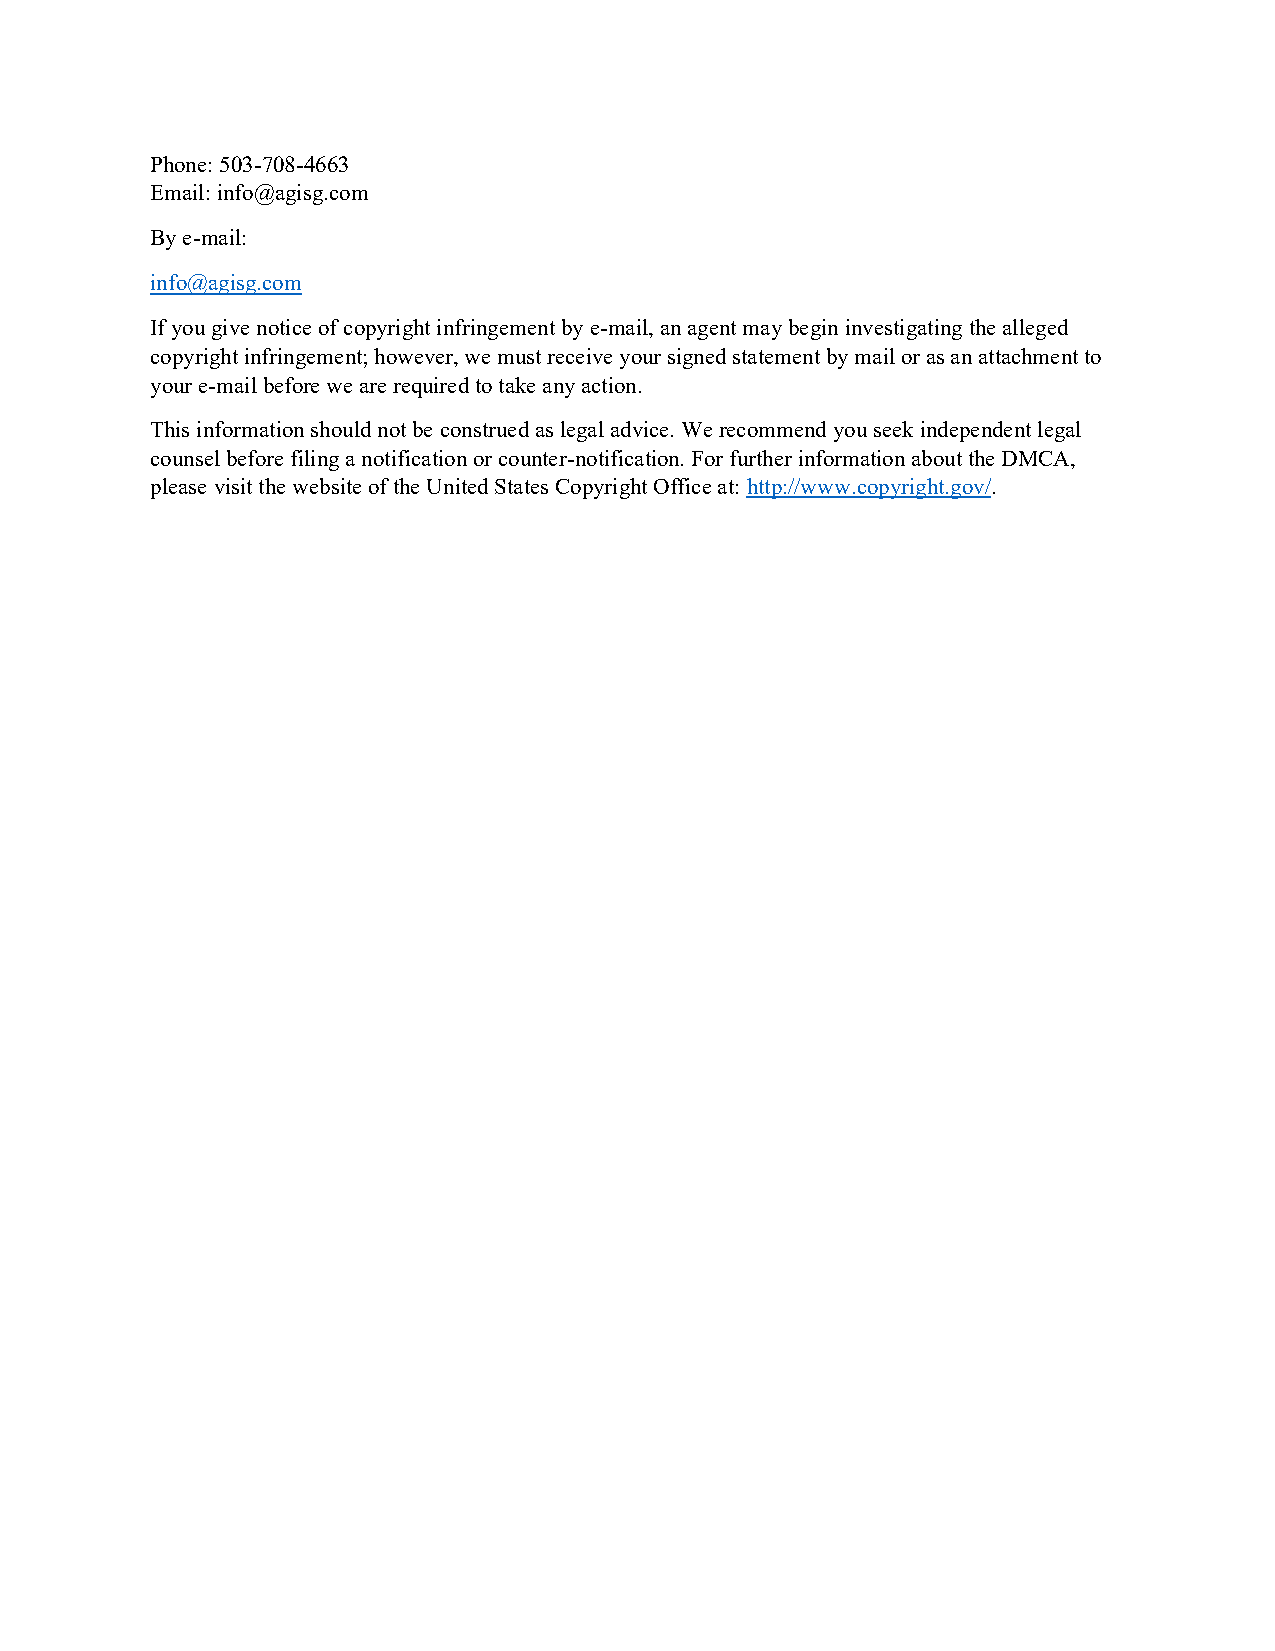
Phone: 503-708-4663
 Email: info@agisg.com
 By e-mail:
 info@agisg.com
 If you give notice of copyright infringement by e-mail, an agent may begin investigating the alleged
 copyright infringement; however, we must receive your signed statement by mail or as an attachment to
 your e-mail before we are required to take any action.
 This information should not be construed as legal advice. We recommend you seek independent legal
 counsel before filing a notification or counter-notification. For further information about the DMCA,
 please visit the website of the United States Copyright Office at: http://www.copyright.gov/.